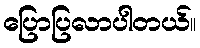
ပြောပြလာပါတယ်။